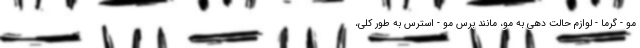
مو - گرما - لوازم حالت دهی به مو، مانند برس مو - استرس به طور کلی،